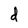
Character: d